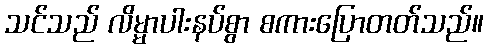
သင်သည် လိမ္မာပါးနပ်စွာ စကားပြောတတ်သည်။